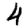
Digit: 4